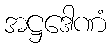
အဋ္ဌဒေါဏံ